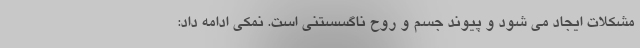
مشکلات ایجاد می شود و پیوند جسم و روح ناگسستنی است. نمکی ادامه داد: